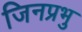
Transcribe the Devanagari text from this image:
जिनप्रभु